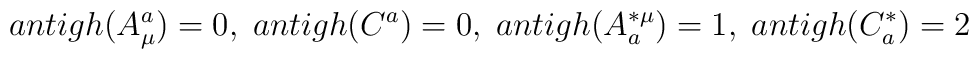
antigh(A^a_\mu) = 0, \; antigh(C^a) = 0, \; antigh(A^{* \mu}_a) = 1, \;antigh(C^{*}_a) = 2